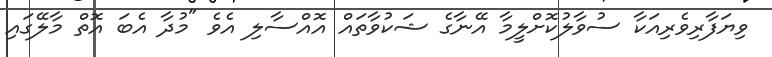
ވިޔަފާރިވެރިއަކާ ސުވާލުކޮށްލީމާ އޭނާގެ ޝަކުވާތައް އޮއްސާލި އެވެ "މުދާ އެބަ އޮތް މާލޭގައި